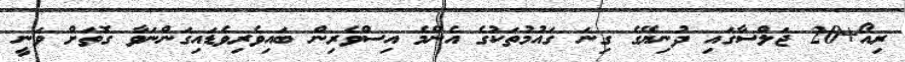
ރިއޯ+20 ޖަލްސާގައި ދުނިޔޭގެ ގިނަ ގައުމުތަކުގެ އެންމެ އިސްވެރިން ބައިވެރިވެޑައިގަންނަވާ ގޮތަށް ވަނީ